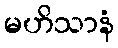
မဟိသာနံ